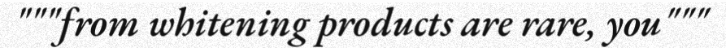
"""from whitening products are rare, you"""